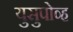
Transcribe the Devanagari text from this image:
युसुपोव्ह